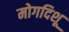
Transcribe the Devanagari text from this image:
मोगदिशू